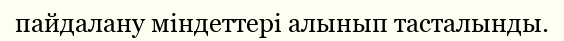
пайдалану міндеттері алынып тасталынды.